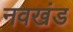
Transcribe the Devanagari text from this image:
नवखंड